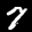
Label: 7